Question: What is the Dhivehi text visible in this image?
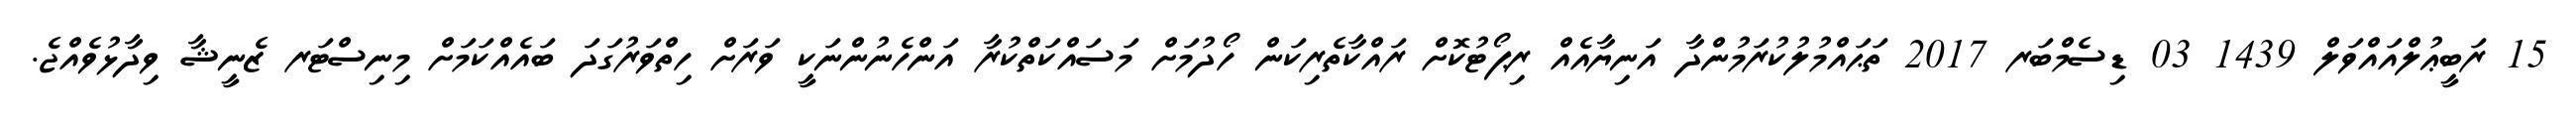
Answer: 15 ރަބީޢުލްއައްވަލް 1439 03 ޑިސެމްބަރ 2017 ތަޙައްމުލުކުރަމުންދާ އަނިޔާއެއް ރިޕޯޓުކޮށް ރައްކާތެރިކަން ހޯދުމަށް މަސައްކަތްކުރާ އަންހެނުންނަކީ ވަރަށް ހިތްވަރުގަދަ ބައެއްކަމަށް މިނިސްޓަރ ޒެނީޝާ ވިދާޅުވެއްޖެ.